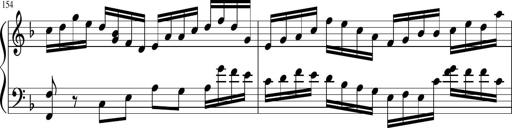
Title: Sonatina in F major
Composer: Ethan Ngo
Key: F major